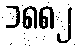
၁၈၈၂